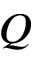
Q